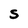
Character: S